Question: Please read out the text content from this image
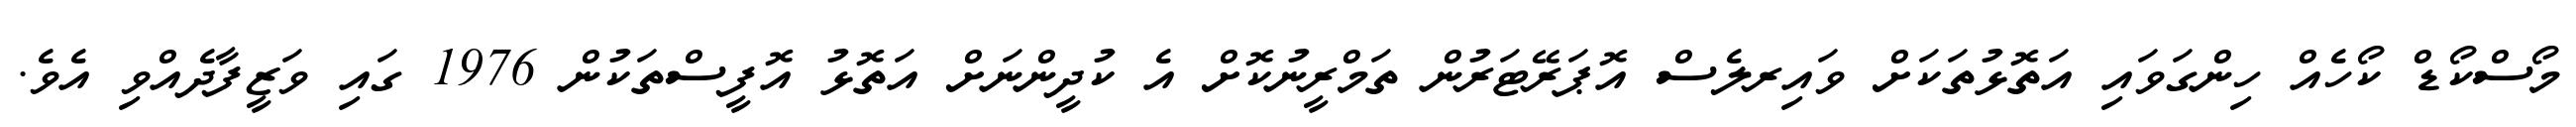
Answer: މޯސްކޯޑް ކޯހެއް ހިންގަވައި އަތޮޅުތަކަށް ވައިރލެސް އޮޕަރޭޓަރުން ތަމްރީނުކޮށް އެ ކުދީންނަށް އަތޮޅު އޮފީސްތަކުން 1976 ގައި ވަޒީފާދެއްވި އެވެ.